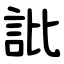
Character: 䚹